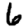
Digit: 6